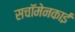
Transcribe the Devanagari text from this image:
सचॉमेनकाई